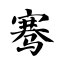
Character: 骞